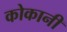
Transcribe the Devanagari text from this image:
कोकानी